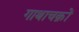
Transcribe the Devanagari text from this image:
गाथाचक्रों